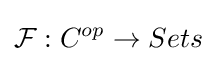
{\mathcal {F}}:C^{op}\to Sets